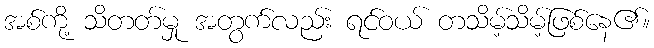
အစ်ကို့ သိတတ်မှု အတွက်လည်း ရင်ဝယ် တသိမ့်သိမ့်ဖြစ်နေ၏။